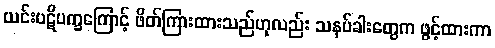
ယင်းပဋိပက္ခကြောင့် ဖိတ်ကြားထားသည်ဟုလည်း သနပ်ခါးတွေက ဖွင့်ထားကာ